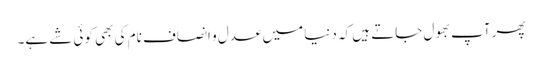
پھر آپ بھول جاتے ہیں کہ دنیا میں عدل و انصاف نام کی بھی کوئی شے ہے۔